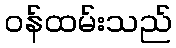
ဝန်ထမ်းသည်